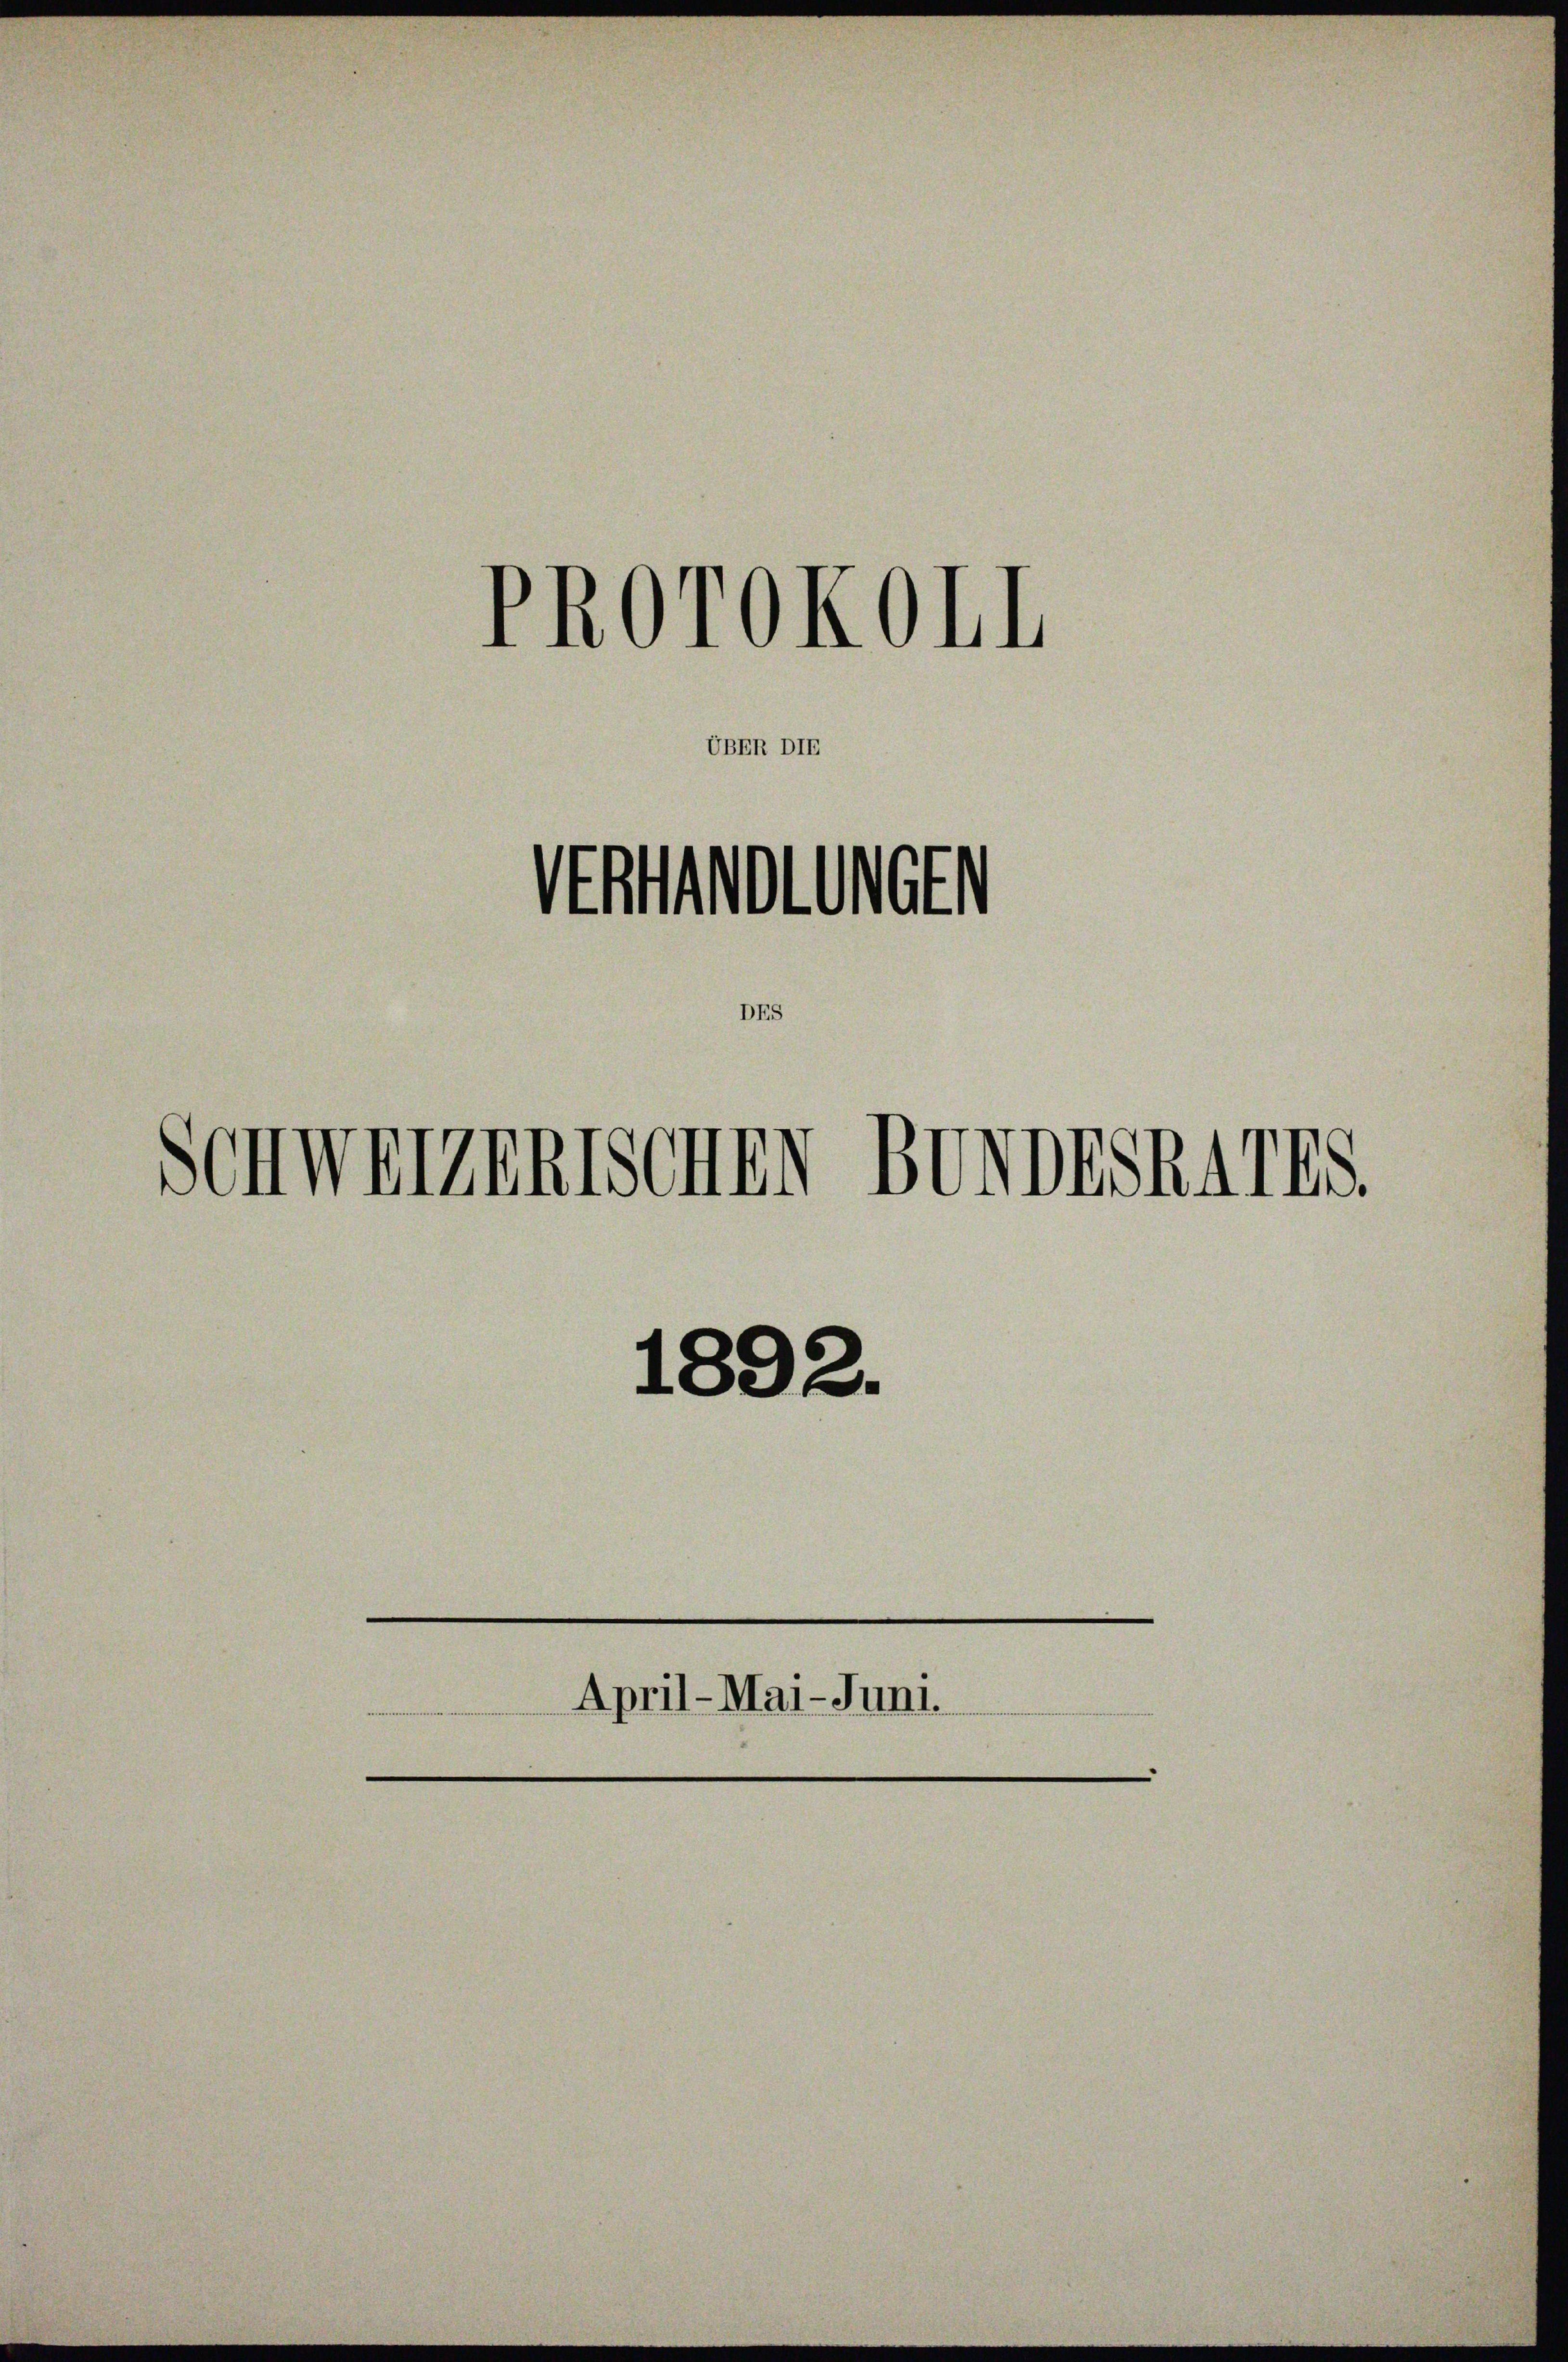
PROrOKOII
Antwortet
DES
SenWEIERRTSCHEN BUNDESRATES.
1892.
April-Mai-Juni.
—

UBER DIE